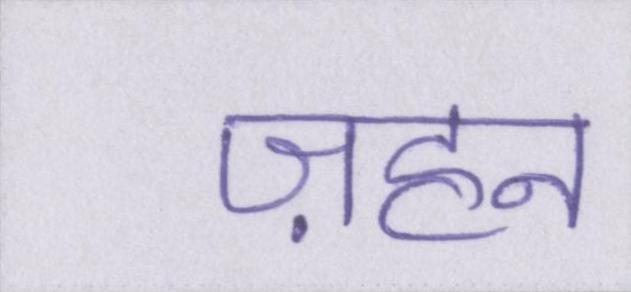
ज़हन